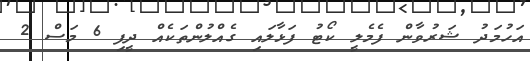
އަހުމަދު ޝަރުވާން ފެމެލީ ކޯޓު ފަޅާލައި ގެއްލުންތަކެއް ދީފި 6 މަސް 2